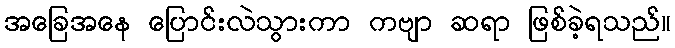
အခြေအနေ ပြောင်းလဲသွားကာ ကဗျာ ဆရာ ဖြစ်ခဲ့ရသည်။